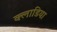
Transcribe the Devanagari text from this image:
क्लाडिया